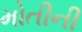
મોતીની